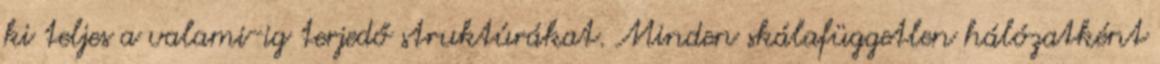
ki teljes a valami-ig terjedő struktúrákat. Minden skálafüggetlen hálózatként